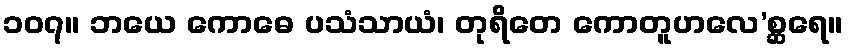
၁၀၇။ ဘယေ ကောဓေ ပသံသာယံ၊ တုရိတေ ကောတူဟလေ’စ္ဆရေ။